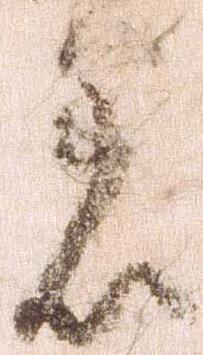
着